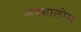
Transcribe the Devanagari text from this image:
अबशालोम